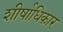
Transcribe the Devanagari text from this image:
शीर्षाधिकार